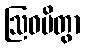
ဩဝမိတွာ